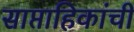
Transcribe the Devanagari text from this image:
साप्ताहिकांची